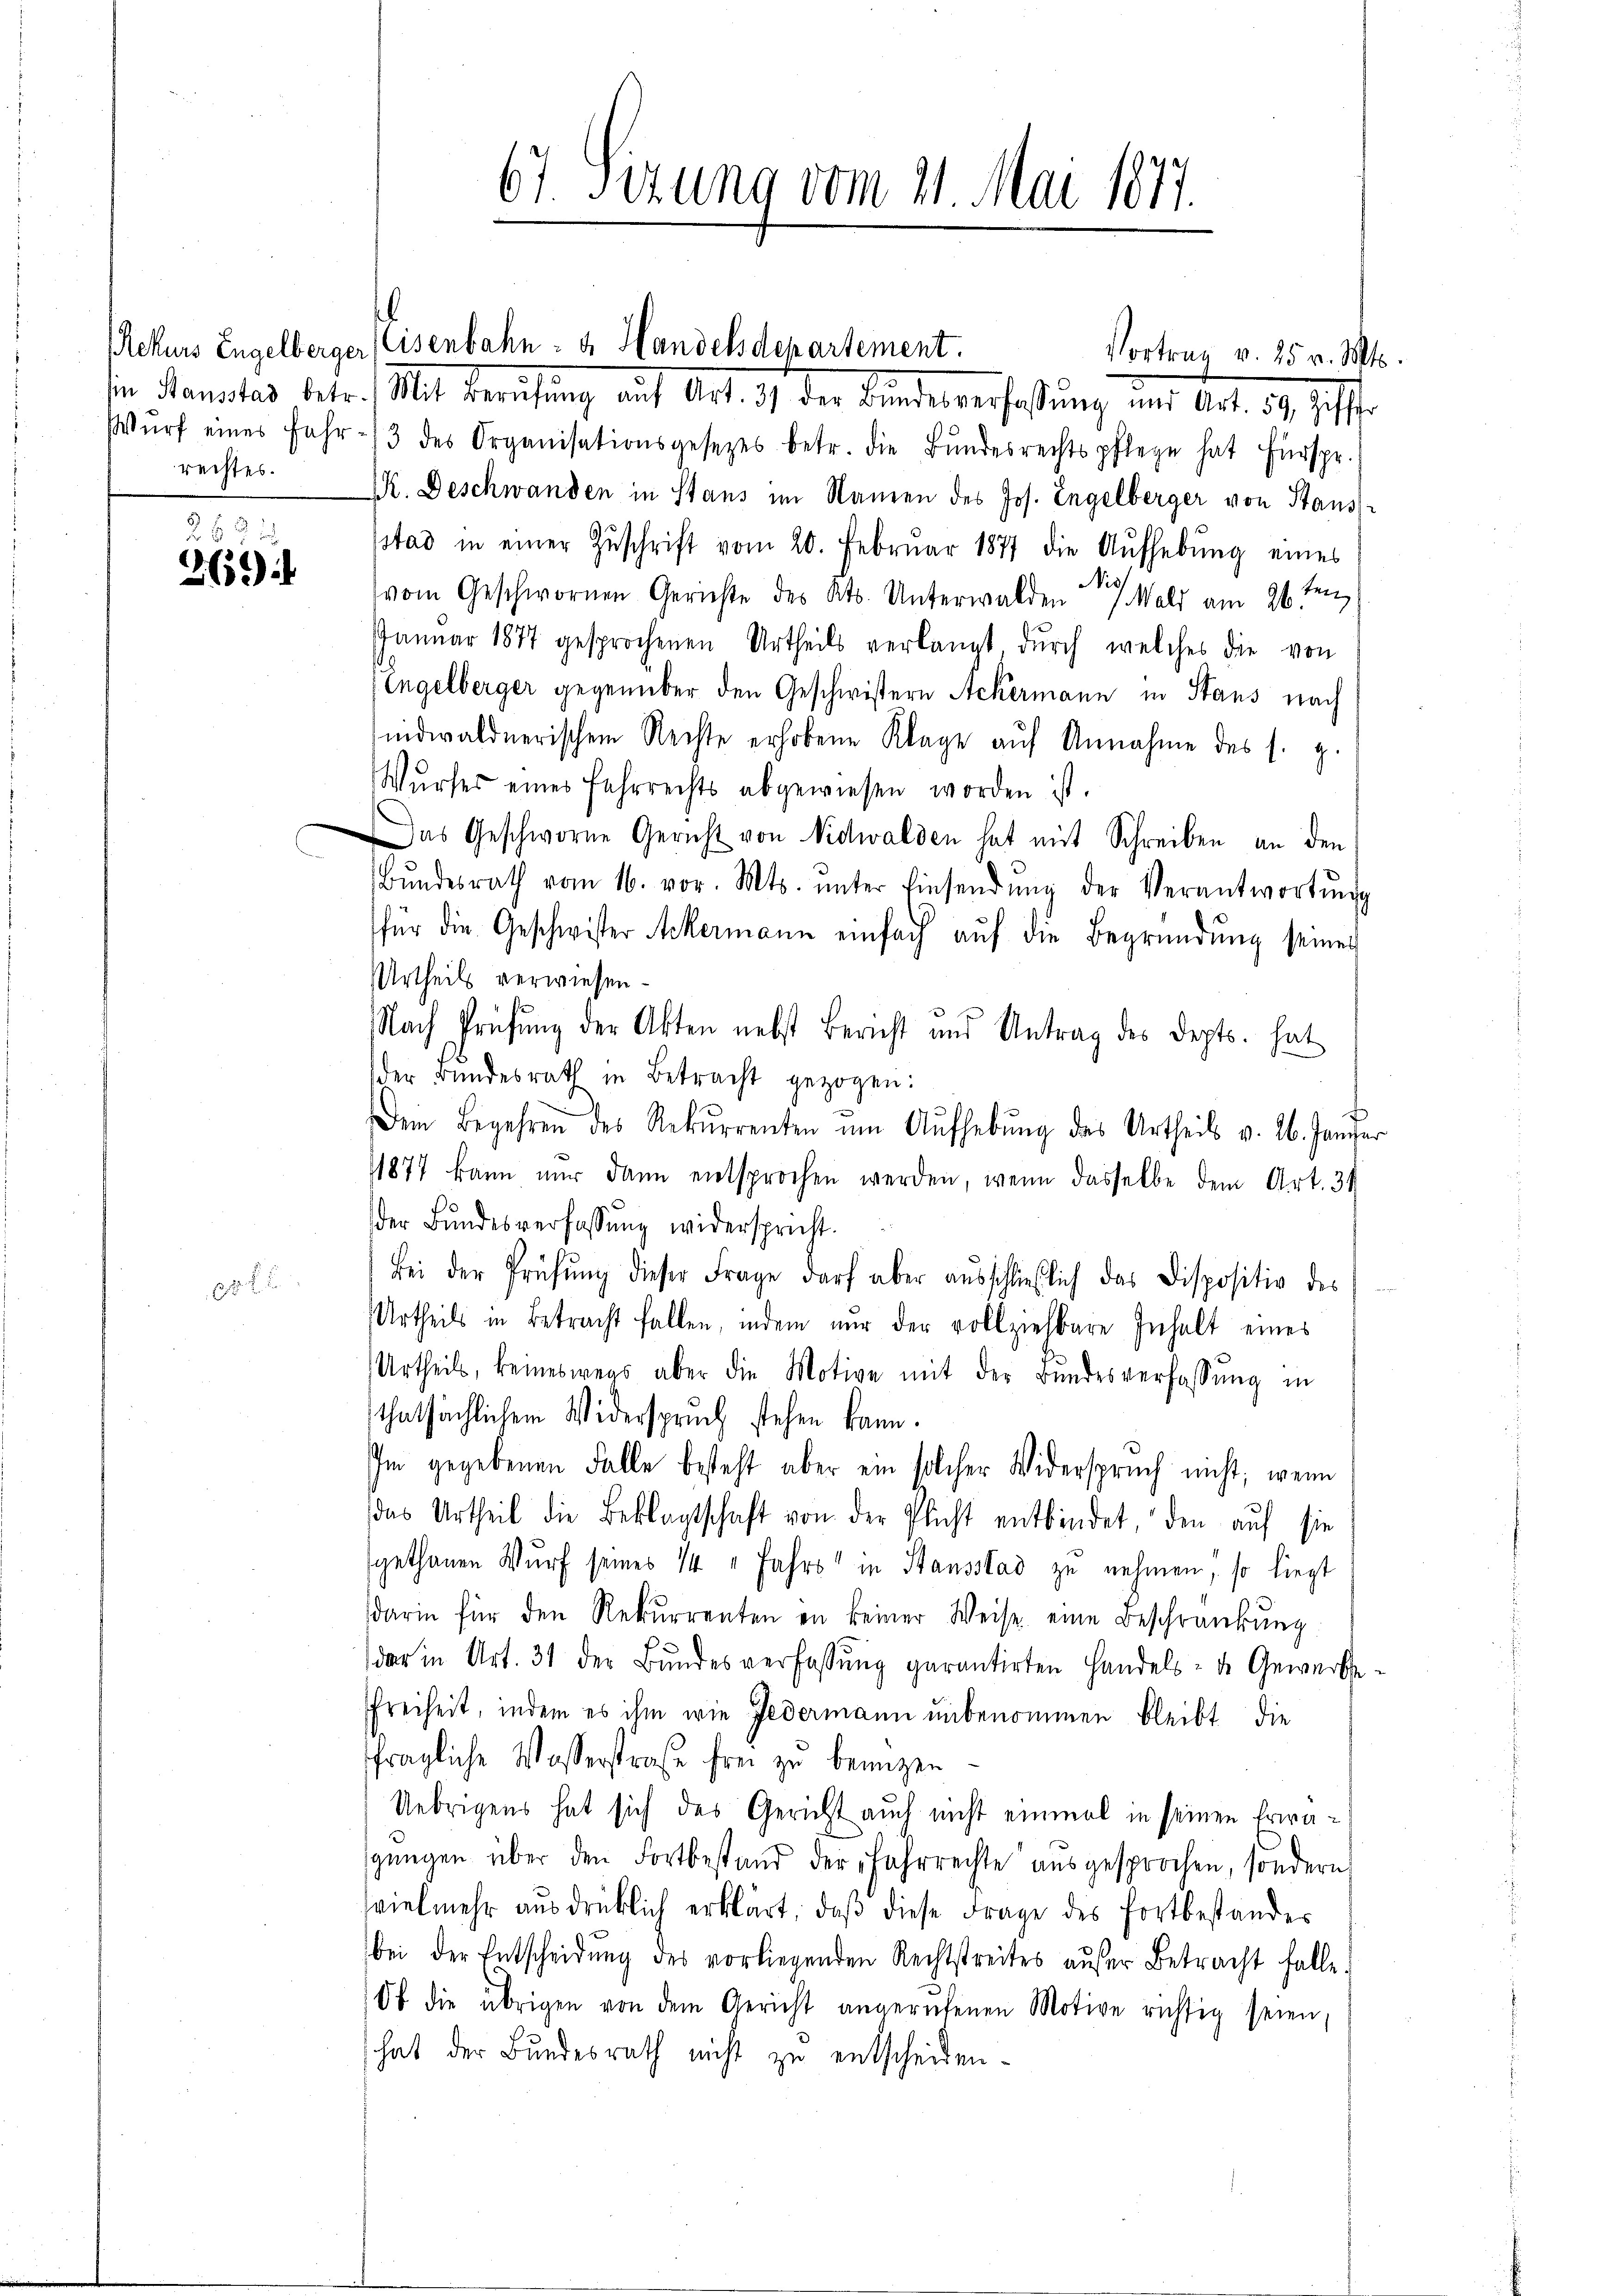
rechtes.

2f 0 x
265)

.

67. Sizung vom 21. Mai 1877.

Vortrag v. 25 v. Mt
ser Semester betr. Mit Berufung auf Art. 97 der Bundesverfaßung und Art. 39, 10 f.
Wŭrf eines Fahr- /3 des Organisationsgesetzes betr. die Bŭndesrechtspflege hat Fürspr.
K. Deschwanden in Stans im Namen des Jos. Engelberger von Stans-
sstad in einer Zŭschrift vom 20. Februar 1877 die Aufhebung eines
vom Geschwornen Gerichte des Kts. Unterwalden Wald am 26ten
Januar 1877 gesprochenen Urtheils verlangt durch welches die von
Engelberger gegenüber den Geschwistern Ackermann in Staus nach
indwaldnerischen Rechte erhobene Klage aŭf Annahme des s. g.
Wŭrses eines Fehrrechts abgewiesen worden ist.
Das Geschworne Gericht von Nidwalden hat mit Schreiben an den
Bŭndesrath vom 16. vor. Mts. ŭnter Einsendŭng der Verantwortŭng
für die Geschwister Ackermann einfach auf die Begründung seiner
Urtheils verwiesen.
Nach Prüfung der Akten nebst Bericht und Antrag des Depts. hat
der Bundesrath in Betracht gezogen:
t
Dein Begehren des Rekurrenten um Aufhebung des Urtheils v. 26. Janie
1877 kann nur dann entsprochen werden, wenn dasselbe dem Art. 34
der Bundesverfassung widerspricht.
Bei der Prüfŭng dieser Frage darf aber aŭsschließlich das Dispositiv des
Urtheils in Betracht fallen, indem nur der vollziehbare Inhalt eines
Urtheils, keineswegs aber die Motive mit der Bŭndesverfassŭng in
thatsächlichem Widerspruch stehen kann.
Im gegebenen Falle besteht aber ein solcher Widerspruch nicht, wenn
das Urtheil die Beklagtschaft von der Plicht entbindet, den auf sie
gethanen Wurf seines 14 " Jahrs in Hausstad zu nehmen, so liegt
darin für den Rekurrenten in keiner Weise eine Beschränkung
dar in Art. 31 der Bŭndesverfassŭng garantirten Handels- de Gewerbe
freiheit, indem es ihm wie Federmann unbenommen bleibt, die
fragliche Wasserstraße frei zu benuzen
Uebrigens hat sich des Gericht auch nicht einmal in seinen Erwägŭngen über den Fortbestand der Fahrrechte aŭsgesprochen, sondern
svielmehr aŭsdrücklich erklärt, daβ diese Frage des Fortbestandes
bei der Entscheidŭng des vorliegenden Rechtstreites aŭfer Betracht falle.
10t die übrigen von dem Gericht angerufenen Motive richtig seien,
hat der Bundesrath nicht zu entscheiden.

Rekurs Engelberger Eisenbahn- & Handelsdepartement.